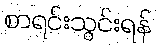
စာရင်းသွင်းရန်